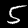
Digit: 5